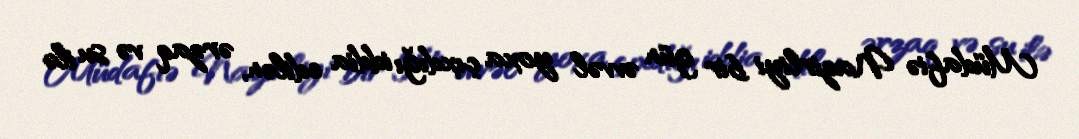
Müdafiə Nazirliyi bir gün əvvəl yoxa çıxdığı iddia edilən, ərzaq və su ilə